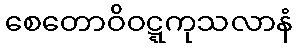
စေတောဝိဝဋ္ဋကုသလာနံ